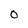
Character: 0